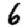
Digit: 6